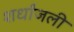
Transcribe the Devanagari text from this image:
शर्धांजली